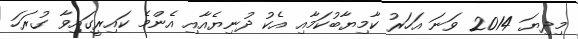
މިދިޔަ 2014 ވަނަ އަހަރު ކާމިޔާބުކަމާއި އެކު ދުނިޔެއާއި އެންމެ ކައިރީގައިވާ ގުރަހަ